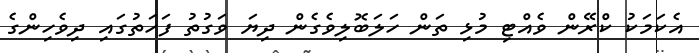
އެކަމަކު ކްރޭން ވެއްޓި މުޅި ތަން ހަލަބޮލިވެގެން ދިޔަ ވަގުތު ފަހަތުގައި ދިވެހިންގެ